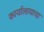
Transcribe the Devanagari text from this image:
कार्यालायाचा